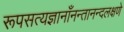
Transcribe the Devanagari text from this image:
रूपसत्यज्ञानाँनन्तानन्दलक्षणे